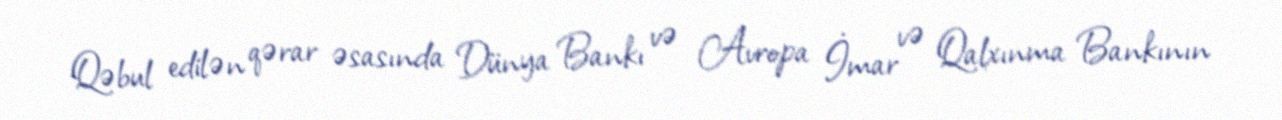
Qəbul edilən qərar əsasında Dünya Bankı və Avropa İmar və Qalxınma Bankının